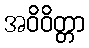
အဝိဝိတ္တာ